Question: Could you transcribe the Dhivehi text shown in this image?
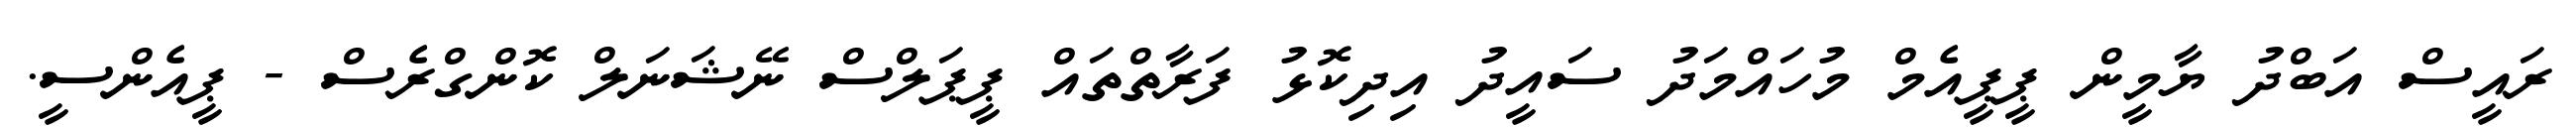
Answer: ރައީސް އަބްދު ޔާމީން ޕީޕީއެމް މުހައްމަދު ސައީދު އިދިކޮޅު ފަރާތްތައް ޕީޕަލްސް ނޭޝަނަލް ކޮންގްރެސް - ޕީއެންސީ.